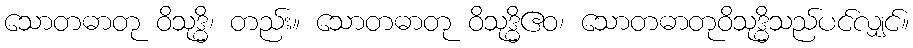
သောတဓာတု ဝိသုဒ္ဓိ၊ တည်း။ သောတဓာတု ဝိသုဒ္ဓိဧဝ၊ သောတဓာတုဝိသုဒ္ဓိသည်ပင်လျှင်။